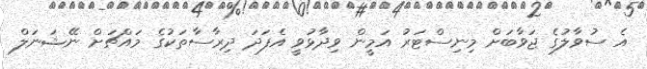
އެ ސުވާލުގެ ޖަވާބަށް މިނިސްޓަރު އަމީން ވިދާޅުވީ އެފަދަ ދިރާސާތަކުގެ މައްޗަށް ނޭޝަނަލް